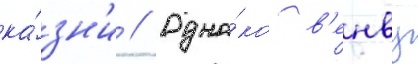
ка́зн'и // Одна́ко в'енву